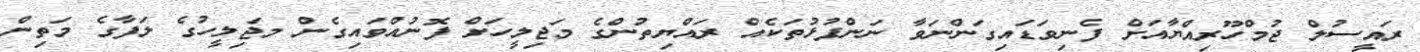
ރައީސުލް ޖުމްހޫރިއްޔާއަށް ފެނިވަޑައިގަންނަވާ ނަންފުޅުތަކެއް ރައްޔިތުންގެ މަޖިލީހަށް ފޮނުއްވައިގެން މަޖިލީހުގެ ލަފާގެ މަތިން